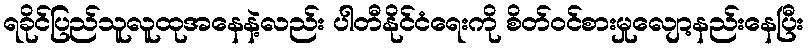
ရခိုင်ပြည်သူလူထုအနေနဲ့လည်း ပါတီနိုင်ငံရေးကို စိတ်ဝင်စားမှုလျော့နည်းနေပြီး